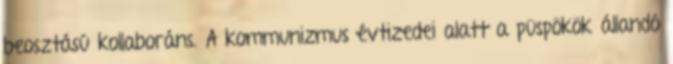
beosztású kollaboráns. A kommunizmus évtizedei alatt a püspökök állandó